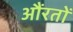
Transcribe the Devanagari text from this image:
औंरतों